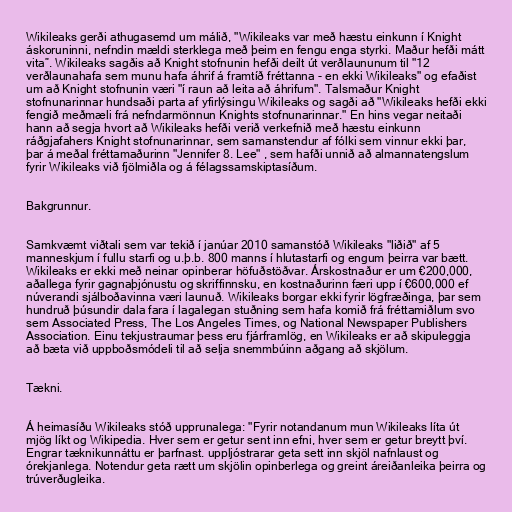
Wikileaks gerði athugasemd um málið, "Wikileaks var með hæstu einkunn í Knight
áskoruninni, nefndin mældi sterklega með þeim en fengu enga styrki. Maður hefði mátt
vita”. Wikileaks sagðis að Knight stofnunin hefði deilt út verðlaununum til "12
verðlaunahafa sem munu hafa áhrif á framtíð fréttanna - en ekki Wikileaks" og efaðist
um að Knight stofnunin væri "í raun að leita að áhrifum". Talsmaður Knight
stofnunarinnar hundsaði parta af yfirlýsingu Wikileaks og sagði að "Wikileaks hefði ekki
fengið meðmæli frá nefndarmönnun Knights stofnunarinnar." En hins vegar neitaði
hann að segja hvort að Wikileaks hefði verið verkefnið með hæstu einkunn
ráðgjafahers Knight stofnunarinnar, sem samanstendur af fólki sem vinnur ekki þar,
þar á meðal fréttamaðurinn "Jennifer 8. Lee" , sem hafði unnið að almannatengslum
fyrir Wikileaks við fjölmiðla og á félagssamskiptasíðum.

Bakgrunnur.

Samkvæmt viðtali sem var tekið í janúar 2010 samanstóð Wikileaks "liðið" af 5
manneskjum í fullu starfi og u.þ.b. 800 manns í hlutastarfi og engum þeirra var bætt.
Wikileaks er ekki með neinar opinberar höfuðstöðvar. Árskostnaður er um €200,000,
aðallega fyrir gagnaþjónustu og skriffinnsku, en kostnaðurinn færi upp í €600,000 ef
núverandi sjálboðavinna væri launuð. Wikileaks borgar ekki fyrir lögfræðinga, þar sem
hundruð þúsundir dala fara í lagalegan stuðning sem hafa komið frá fréttamiðlum svo
sem Associated Press, The Los Angeles Times, og National Newspaper Publishers
Association. Einu tekjustraumar þess eru fjárframlög, en Wikileaks er að skipuleggja
að bæta við uppboðsmódeli til að selja snemmbúinn aðgang að skjölum.

Tækni.

Á heimasíðu Wikileaks stóð upprunalega: "Fyrir notandanum mun Wikileaks líta út
mjög líkt og Wikipedia. Hver sem er getur sent inn efni, hver sem er getur breytt því.
Engrar tæknikunnáttu er þarfnast. uppljóstrarar geta sett inn skjöl nafnlaust og
órekjanlega. Notendur geta rætt um skjölin opinberlega og greint áreiðanleika þeirra og
trúverðugleika.